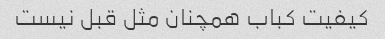
کیفیت کباب همچنان مثل قبل نیست